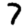
Digit: 7